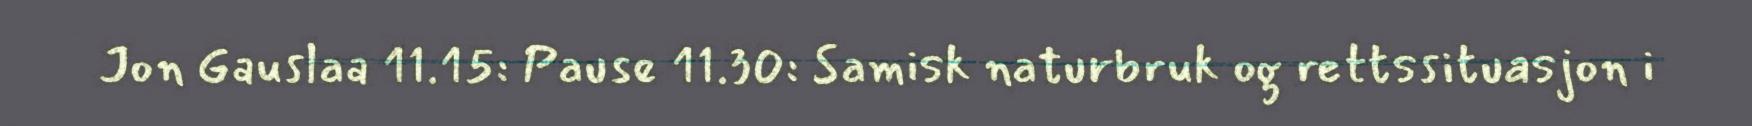
Jon Gauslaa 11.15: Pause 11.30: Samisk naturbruk og rettssituasjon i